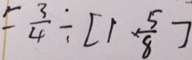
= \frac { 3 } { 4 } \div [ 1 \times \frac { 5 } { 8 } ]